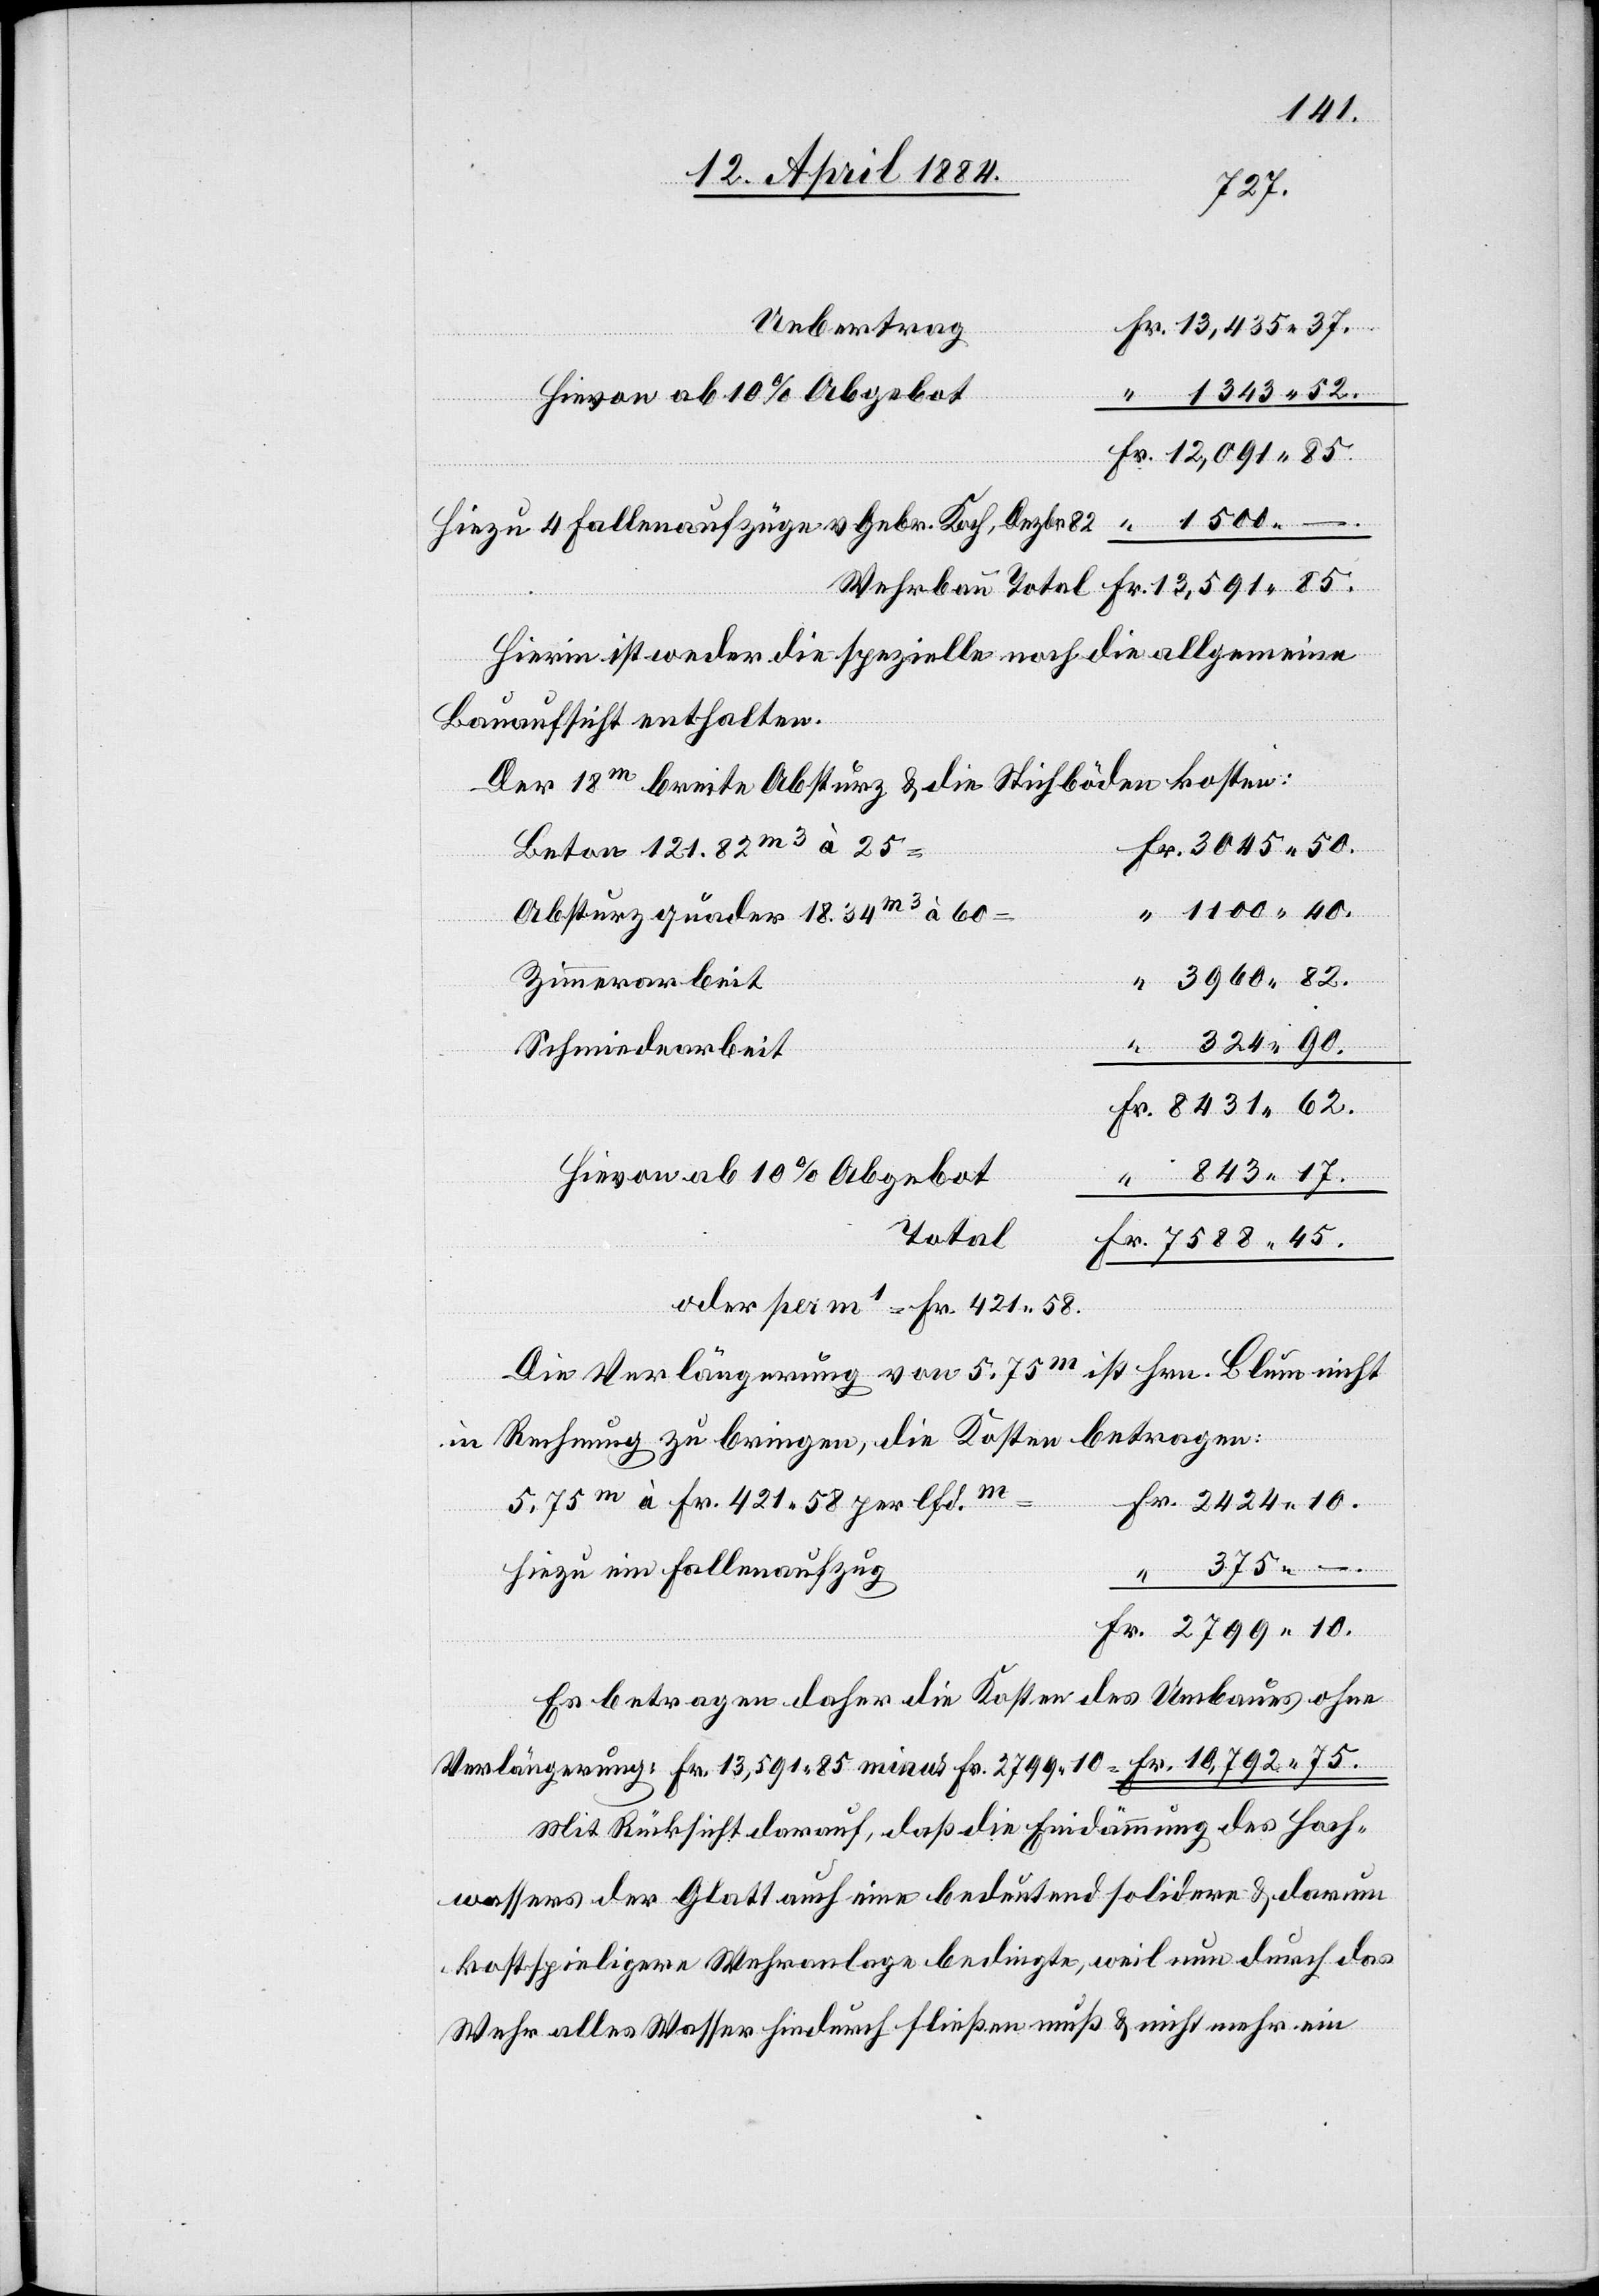
Uebertrag
10.
1343 52.
Hiezu 4 Fallenaufzüge v. Gebr. Koch, Dezbr.
Wehrbau Total
Hierin ist weder die spezielle noch die allgemeine
Bauaufsicht enthalten.
Der 18m breite Absturz & die Stichböden kosten:
Beton 121.82m3 à 25
Absturzquader 18.34 m3 à 60
Zimmerarbeit
Fr.
Schmiedarbeit
2424
Hievon ab 10% Abgebot
Total
ist Hrn. Blum nicht
Die Verlängerung von 5.75m
in Rechnung zu bringen, die Kosten betragen:
5.75m à Fr. 421 58 per lfd.m
Hiezu ein Fallenaufzug
Es betragen daher die Kosten des Umbaus ohne
Verlängerung: Fr. 13,591 85 minus Fr. 2799 10 = Fr. 10,792 75.
Mit Rücksicht darauf, daß die Eindämmung des Hoch¬
wassers der Glatt auch eine bedeutend solidere & darum
kostspieligere Wehranlage bedingte, weil nun durch das
Wehr alles Wasser hindurch fließen muß & nicht mehr ein